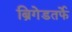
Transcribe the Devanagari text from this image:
ब्रिगेडतर्फे